Vaccination North-Western Provinces 1866-1877 - 1866-1877
Year: 1866
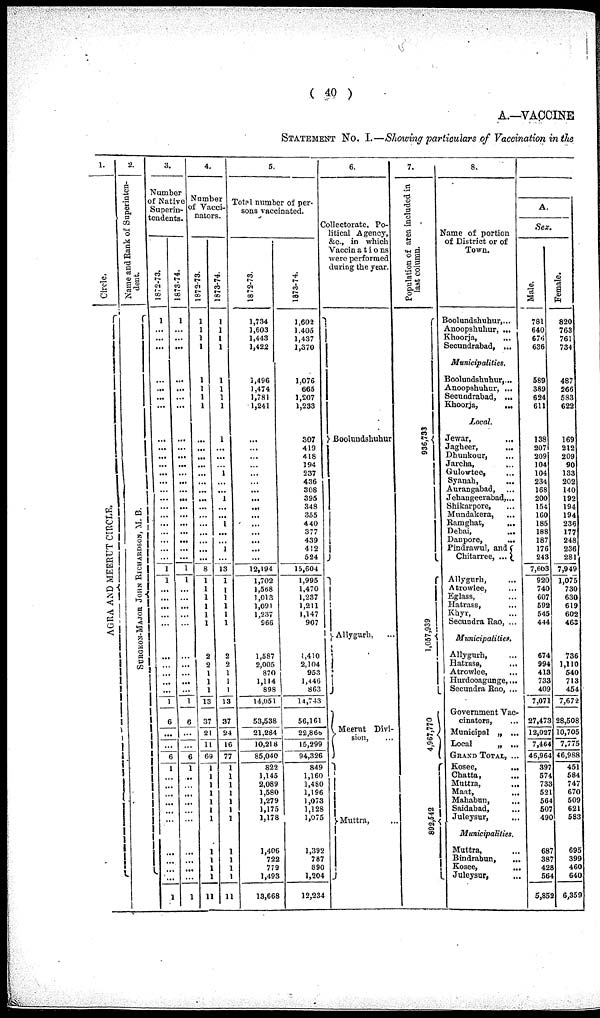
( 40 )
A.—VACCINE
STATEMENT No. I.—Showing particulars of Vaccination in the
1.
Circle.
AGRA AND MEERUT CIRCLE.
2.
Name and Rank of Superinten-
dent.
SURGEON-MAJOR JOHN RICHARDSON, M. B.
3.
Number
of Native
Superin-
tendents.
1872-73.
1
...
...
...
...
...
...
...
...
...
...
...
...
...
... ...
...
... ...
...
...
...
...
1
1
...
...
...
...
...
...
...
...
...
...
1
6
...
...
6
1
...
...
...
...
...
...
...
...
...
...
1
1873-74.
1
...
...
...
...
...
...
...
...
...
...
...
...
...
...
... ...
...
...
...
... ...
1
1
...
... ...
...
...
...
...
...
...
...
1
6
...
...
6
1
...
...
...
...
...
...
...
...
...
...
1
4.
Number
of Vacci-
nators.
1872-73.
1
1
1
1
1
1
1
1
...
...
...
...
...
...
...
...
...
... ...
... ...
...
...
8
1
1
1
1
1
1
2
2
1
1
1
13
37
21
11
69
1
1
1
1
1
1
1
1
1
1
1
11
1873-74.
1
1
1
1
1
1
1
1
1
...
...
...
1
...
...
1
...
...
1
...
...
1
...
13
1
1
1
1
1
1
2
2
1
1
1
13
37
24
16
77
1
1
1
1
1
1
1
1
1
1
1
1 1
5.
Total number of per-
sons vaccinated,
1872-73.
1,734
1,603
1,443
1,422
1,496
1,474
1,781
1,241
...
... ...
...
...
...
...
...
...
...
...
...
...
...
...
12,194
1,702
1,568
1,013
1,091
1,237
966
1,587
2,005
870
1,114
898
14,051
53,538
21,284
10,218
85,040
822
1,145
2,089
1,580
1,279
1,175
1,178
1,406
722
779
1,492
13,668
1873-74.
1,602
1.405
1,437
1,370
1,076
665
1,207
1,233
307
419
418
194
237
436
308
395
348
355
440
377
439
412
524
15,604
1,995
1,470
1,237
1,211
1,147
907
1,410
2,104
953
1,446
863
14,743
56,161
22,866
15,299
94,326
849
1,160
1,480
1,196
1,073
1,128
1,075
1,392
787
890
1,204
12,234
6.
Collectorate. Po-
litical Agency,
&c, in which
Vaccinations
were performed
during the year.
Boolundshuhur
Allygurh, ...
Meerut Divi-
sion, ...
Muttra, ...
7.
Population of area
included in
last column.
936,733
1,057,939
4,967,770
892,542
8.
Name of portion
of District or of
Town.
Boolundshuhur,...
Anoopshuhur, ...
Khoorja, ...
Secundrabad, ...
Municipalities.
Boolundshuhur,...
Anoopshuhur, ...
Secundrabad, ...
Khoorja,
...
Local.
Jewar,
...
Jagheer,
...
Dhunkour, ...
Jarcha, ...
Gulowtee, ...
Syanah, ...
Aurangabad, ...
Jehangeerabad,...
Shikarpore, ...
Mundakera, ...
Ramghat,
...
Debai,
...
Danpore,
...
Pindrawul, and
Chitarree, ...
Allygurh, ...
Atrowlee, ...
Eglass, ...
Hatrass, ...
Khyr, ...
Secundra Rao, ...
Municipalities.
Allygurh, ...
Hatrase,
...
Atrowlee, ...
Hurdooagunge,...
Secundra Rao, ...
Government Vac-
cinators,
Municipal „ ...
Local
„ ...
GRAND TOTAL, ...
Kosee,
...
Chatta, ...
Muttra, ...
Maat,
...
Mahabun, ...
Saidabad, ...
Juleysur, ...
Municipalities.
Muttra, ...
Bindrabun, ...
Kosee,
...
Juleysur, ...
A.
Sex.
Male.
781
640
676
636
589
389
624
611
138
207
209
104
104
234
168
200
154
160
185
188
187
176
243
7,603
920
740
607
592
545
444
674
994
413
733
409
7,071
27,473
12,027
7,464
46,964
397
574
733
521
564
507
490
687
387
428
564
5,852
Female.
820
763
761
734
487
266
583
622
169
212
209
90
133
202
140
192
194
194
236
177
248
236
281
7,949
1,075
730
630
619
602
463
736
1,110
540
713
454
7,672
28,508
10,705
7,775
46,988
451
584
747
670
509
621
583
695
399
460
640
6,359